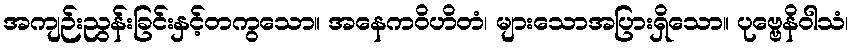
အကျဉ်းညွန်းခြင်းနှင့်တကွသော။ အနေကဝိဟိတံ၊ များသောအပြားရှိသော။ ပုဗ္ဗေနိဝါသံ၊